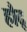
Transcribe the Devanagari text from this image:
हौद्